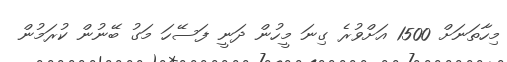
މިހާތަނަށް 1500 އަށްވުރެ ގިނަ މީހުން ދަނީ ފަސޭހަ މަގު ބޭނުން ކުރަމުން